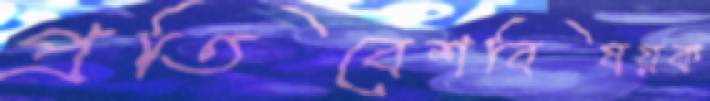
প্রতিবেশবিষয়ক